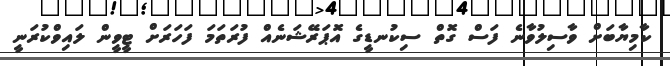
ކާމިޔާބަށް ވާސިލުވާނެ ފަސް ގޮތް ސިކުނޑީގެ އޮޕަރޭޝަނެއް ފުރަތަމަ ފަހަރަށް ޓީވީން ލައިވްކުރަނީ